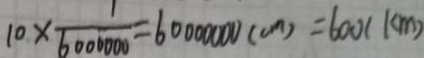
1 0 \times \frac { 1 } { 6 0 0 0 0 0 0 } = 6 0 0 0 0 0 0 0 ( c m ) = 6 0 0 ( k m )